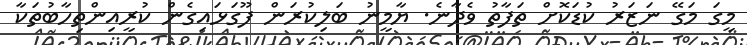
މީގަ މަގޭ ނަޒަރު ކުޑަކޮށް ތަފާތު ވެދާނެ. ޔާމީނު ބަލިކުރަން ފޫގަޅައިގެން ކުރީއިންތިހާބުތަކާ